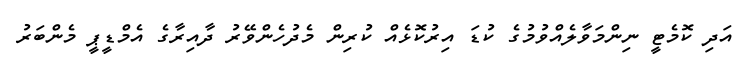
އަދި ކޮމެޓީ ނިންމަވާލެއްވުމުގެ ކުޑަ އިރުކޮޅެއް ކުރިން މެދުހެންވޭރު ދާއިރާގެ އެމްޑީޕީ މެންބަރު